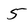
Character: 5